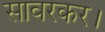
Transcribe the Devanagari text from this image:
सावरकर।